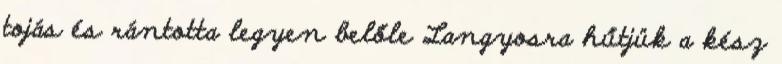
tojás és rántotta legyen belőle Langyosra hűtjük a kész